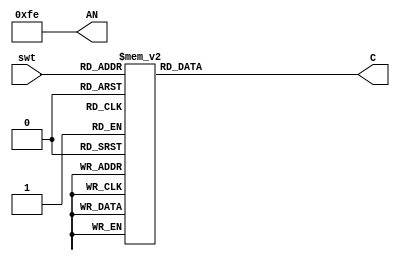
`timescale 1ns / 1ps
//////////////////////////////////////////////////////////////////////////////////
// Company: 
// Engineer: 
// 
// Design Name: 
// Module Name: BCD_7_segment_display
// Project Name: 
// Target Devices: 
// Tool Versions: 
// Description: 
// 
// Dependencies: 
// 
// Revision:
// Revision 0.01 - File Created
// Additional Comments:
// 
//////////////////////////////////////////////////////////////////////////////////


module BCD_7_segment_display(
    input [3:0] swt,
    output reg [6:0] C,
    output [7:0] AN
    );
    
    //set the first number of the display
    assign AN[0]=0;
    assign AN[1]=1;
    assign AN[2]=1;
    assign AN[3]=1;
    assign AN[4]=1;
    assign AN[5]=1;
    assign AN[6]=1;
    assign AN[7]=1;
    
    //set 7 segment
    always@(swt)
    begin
    case(swt)
    4'b0000:C=7'b0000001;
    4'b0001:C=7'b1001111;
    4'b0010:C=7'b0010010;
    4'b0011:C=7'b0000110;
    4'b0100:C=7'b1001100;
    4'b0101:C=7'b0100100;
    4'b0110:C=7'b0100000;
    4'b0111:C=7'b0001111;
    4'b1000:C=7'b0000000;
    //4'b1001:C=7'b0000100;
    4'b1001:C=7'b0001100;
    //hexadecimal part
    //4'b1010:C=7'b0001000;
    //4'b1011:C=7'b1100000;
    //4'b1100:C=7'b0110001;
    //4'b1101:C=7'b1000010;
    //4'b1110:C=7'b0110000;
    //4'b1111:C=7'b0111000;
    default:C=7'b1111111;
    endcase
    end
    
endmodule